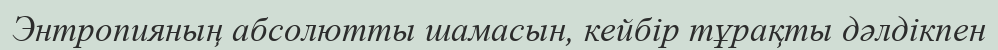
Энтропияның абсолютты шамасын, кейбір тұрақты дәлдікпен